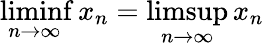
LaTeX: \operatorname*{liminf}_{n\to\infty}x_{n}=\operatorname*{limsup}_{n\to\infty}x_{n}